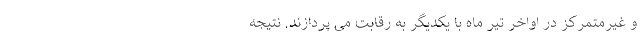
و غیرمتمرکز در اواخر تیر ماه با یکدیگر به رقابت می پردازند. نتیجه